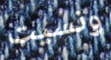
ونسيت